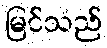
မြင်သည်